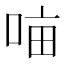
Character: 𭈈